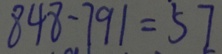
8 4 8 - 7 9 1 = 5 7